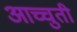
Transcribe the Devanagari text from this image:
आच्चुती